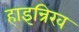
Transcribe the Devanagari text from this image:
हाइन्रिख